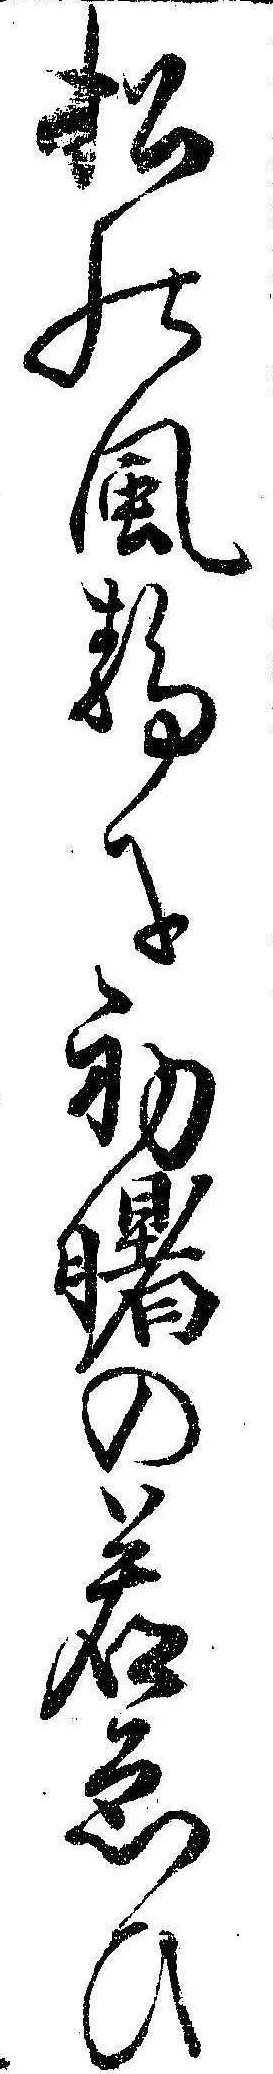
松の風静に初曙の若ゑひ